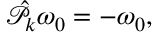
\begin{array} { r } { \hat { \mathcal P } _ { k } \omega _ { 0 } = - \omega _ { 0 } , } \end{array}